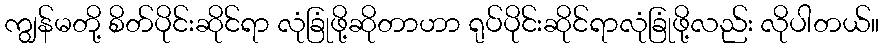
ကျွန်မတို့ စိတ်ပိုင်းဆိုင်ရာ လုံခြုံဖို့ဆိုတာဟာ ရုပ်ပိုင်းဆိုင်ရာလုံခြုံဖို့လည်း လိုပါတယ်။